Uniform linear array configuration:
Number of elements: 48
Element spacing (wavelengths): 1
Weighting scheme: blackman
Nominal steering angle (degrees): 0
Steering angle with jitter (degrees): -1.896
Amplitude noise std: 0.05
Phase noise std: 0.05

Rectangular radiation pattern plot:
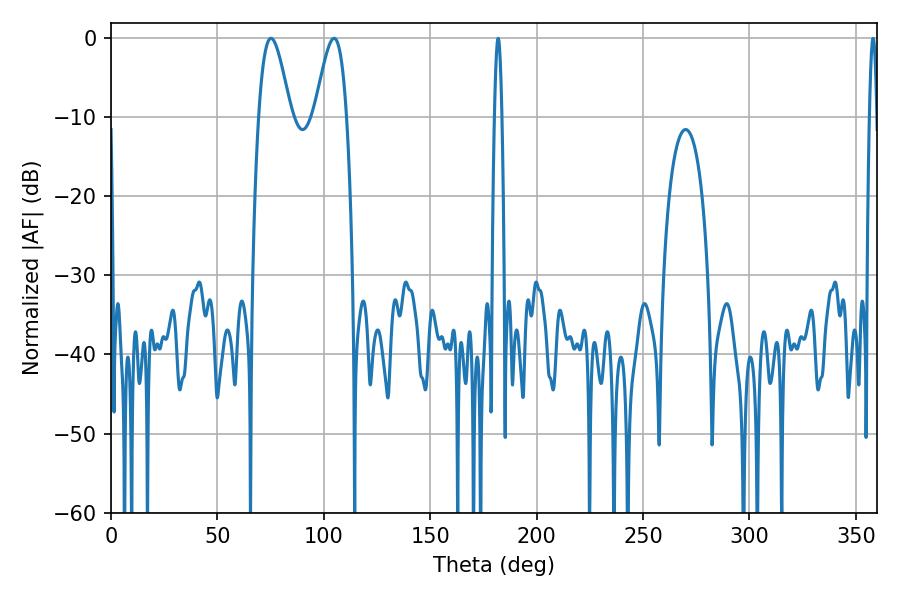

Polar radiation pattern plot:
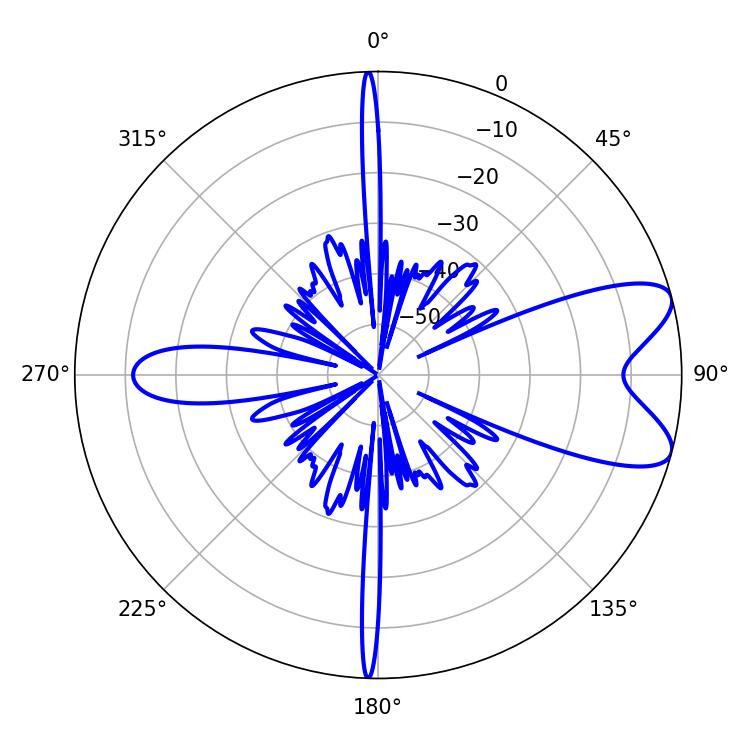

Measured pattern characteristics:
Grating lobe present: TRUE
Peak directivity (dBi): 8.31
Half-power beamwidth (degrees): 7.92
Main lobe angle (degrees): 75.24